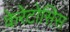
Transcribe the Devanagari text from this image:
केरेटोसिस